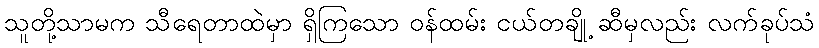
သူတို့သာမက သီရေတာထဲမှာ ရှိကြသော ဝန်ထမ်း ငယ်တချို့ ဆီမှလည်း လက်ခုပ်သံ